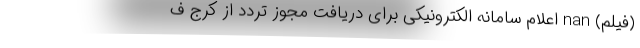
(فیلم) nan اعلام سامانه الکترونیکی برای دریافت مجوز تردد از کرج ف